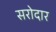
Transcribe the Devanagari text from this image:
सरोदार